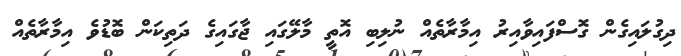
ދިގުލައިގެން ގޮސްފައިވާއިރު އިމާރާތެއް ނުލިބި އޮތީ މާލޭގައި ޖާގައިގެ ދަތިކަން ބޮޑުވެ އިމާރާތެއް